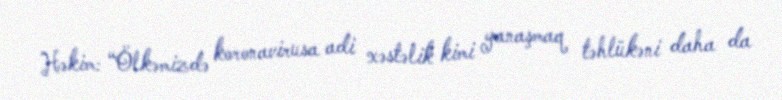
Həkim: “Ölkəmizdə koronavirusa adi xəstəlik kimi yanaşmaq təhlükəni daha da